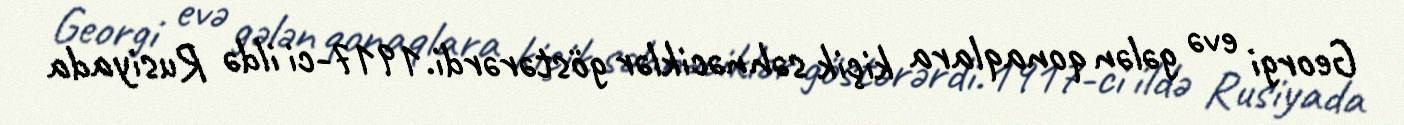
Georgi evə gələn qonaqlara kiçik səhnəciklər göstərərdi.1917-ci ildə Rusiyada